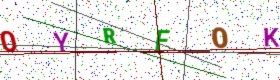
Text: 0YRFOK